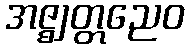
အဇ္ဈတ္တညေဝ